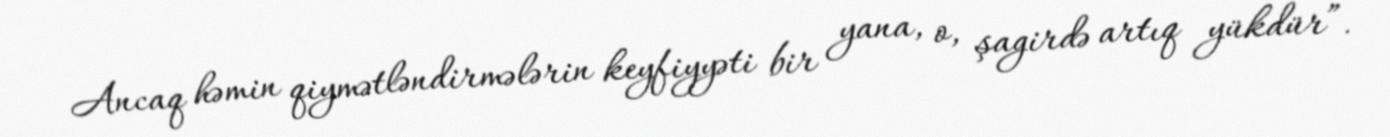
Ancaq həmin qiymətləndirmələrin keyfiyyəti bir yana, o, şagirdə artıq yükdür”.